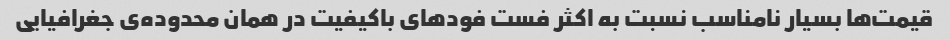
قیمت‌ها بسیار نامناسب نسبت به اکثر فست فود‌های باکیفیت در همان محدوده‌ی جغرافیایی